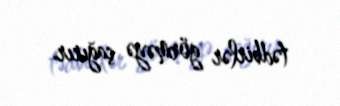
tədbirlər görməyə çağırır.